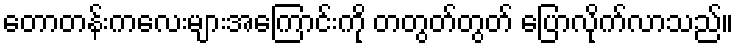
တောတန်းကလေးများအကြောင်းကို တတွတ်တွတ် ပြောလိုက်လာသည်။